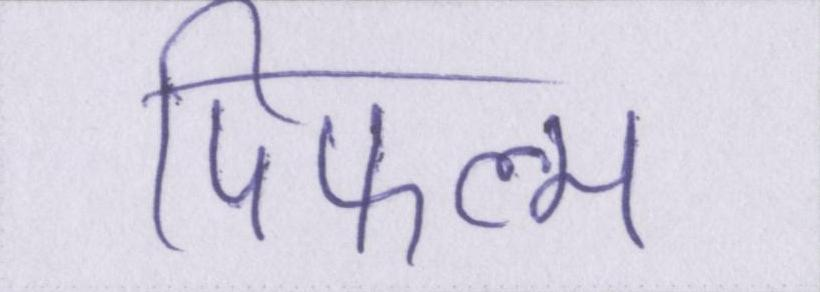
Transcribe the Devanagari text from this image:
पिफल्म